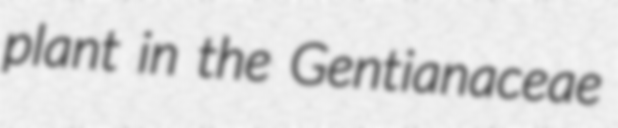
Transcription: plant in the Gentianaceae